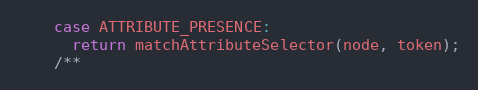
Language: JavaScript
    case ATTRIBUTE_PRESENCE:
      return matchAttributeSelector(node, token);
    /**